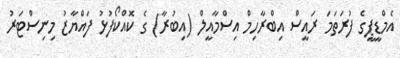
އެމްޑީޕީގެ ފުރަތަމަ ރައީސް އިބްރާހިމް އިސްމާއީލް (އިބުރާ) ގެ ކޮއްކޯފުޅު ފައްޔާޒު މިނިސްޓަރު